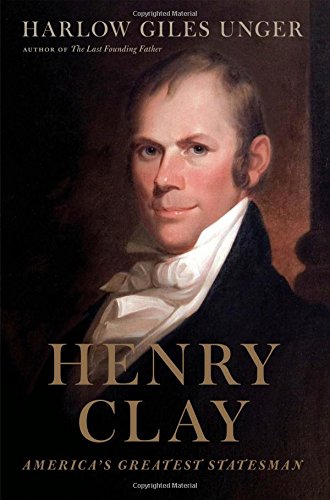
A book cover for Henry Clay: America's Greatest Statesman; Harlow Giles Unger; Biographies & Memoirs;